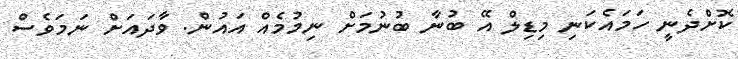
ކޮށްދެނީ ހަމައެކަނި މިޑިލް އޭ ބުނާ ބުނުމަށް ނިމުމެއް އައުން. ވާދައަށް ނަމަވެސް